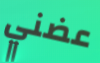
عضني